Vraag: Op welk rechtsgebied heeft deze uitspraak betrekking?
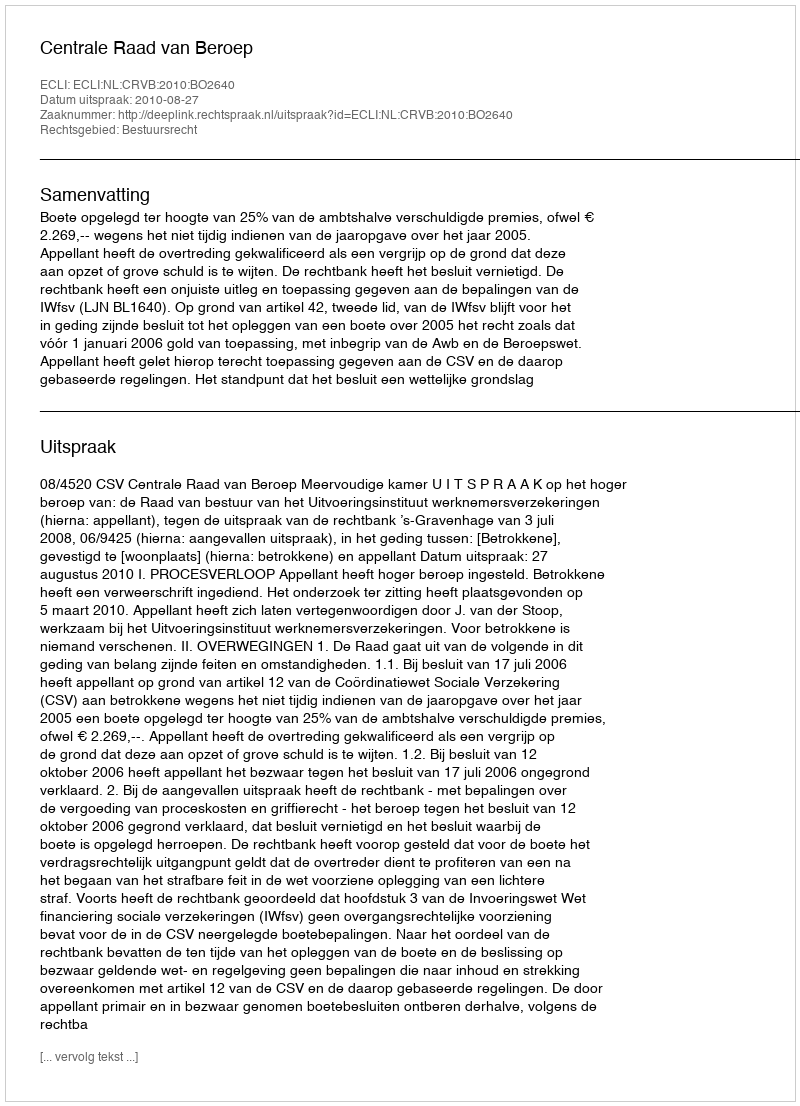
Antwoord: Bestuursrecht